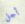
أجل